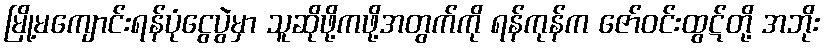
မြို့မကျောင်းရန်ပုံငွေပွဲမှာ သူဆိုဖို့ကဖို့အတွက်ကို ရန်ကုန်က ဇော်ဝင်းထွဋ်တို့ အဘိုး